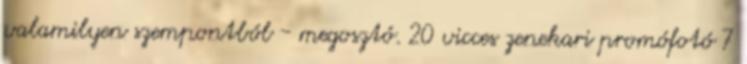
valamilyen szempontból - megosztó. 20 vicces zenekari promófotó 7